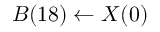
B ( 1 8 ) \leftarrow X ( 0 )